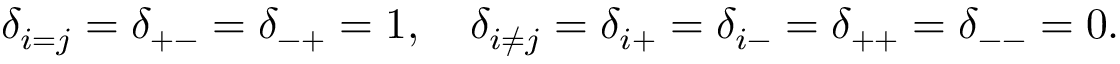
\delta _ { i = j } = \delta _ { + - } = \delta _ { - + } = 1 , \quad \delta _ { i \neq j } = \delta _ { i + } = \delta _ { i - } = \delta _ { + + } = \delta _ { -- } = 0 .